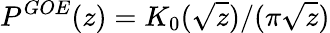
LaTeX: P^{GOE}(z)=K_{0}(\sqrt{z})/(\pi\sqrt{z})